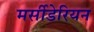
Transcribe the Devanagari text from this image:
मर्सीडेरियन